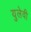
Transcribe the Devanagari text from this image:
युलेवी